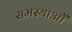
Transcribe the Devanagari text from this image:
समस्याओँ